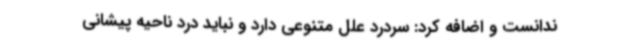
ندانست و اضافه کرد: سردرد علل متنوعی دارد و نباید درد ناحیه پیشانی